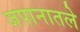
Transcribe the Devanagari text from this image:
जपानातले